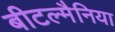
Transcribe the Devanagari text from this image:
बीटल्मैनिया